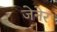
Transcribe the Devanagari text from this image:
जेनेर